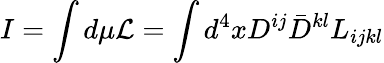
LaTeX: I=\int d\mu{\cal L}=\int d^{4}xD^{ij}\bar{D}^{kl}L_{ijkl}